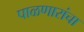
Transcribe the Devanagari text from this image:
पाळणारांचा